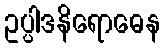
ဥပ္ပါဒနိရောဓေန